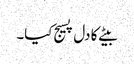
بیٹے کا دل پسیج کیا۔